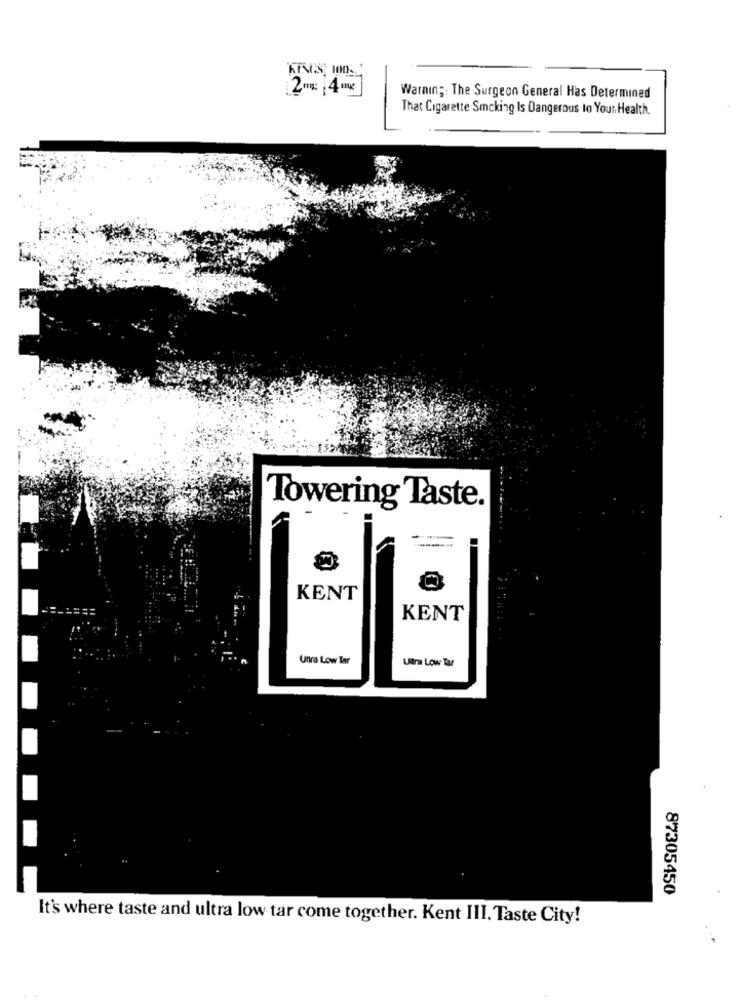
KISS 100.'
2mx: 4m
Warnın ;: The Surgeon General Has Determined
That Cigarette Smoking Is Dangerous to Your Health.
Towering Taste.
KENT
KENT
Uhra Low Tar
Ultra Low Tar
87305450
It's where taste and ultra low tar come together. Kent III. Taste City!